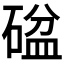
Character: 𥔞